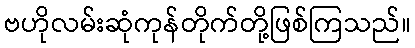
ဗဟိုလမ်းဆုံကုန်တိုက်တို့ဖြစ်ကြသည်။